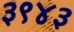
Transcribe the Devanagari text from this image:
३९४३